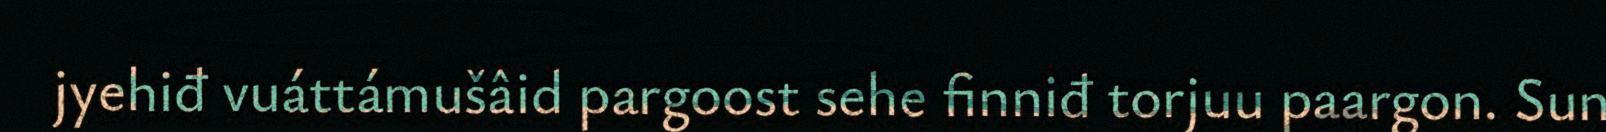
jyehiđ vuáttámušâid pargoost sehe finniđ torjuu paargon. Sun